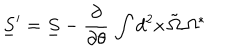
LaTeX: \underline { { S } } ^ { \prime } = \underline { { S } } - { \frac { \partial } { \partial \theta } } \, \int d ^ { 2 } x \, \tilde { \Omega } \, \Omega ^ { \ast }